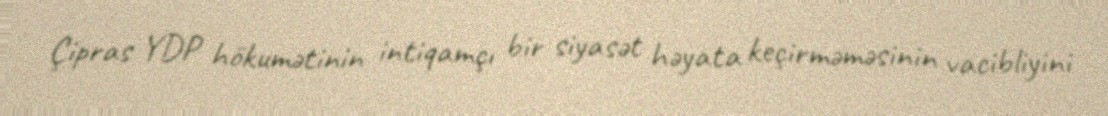
Çipras YDP hökumətinin intiqamçı bir siyasət həyata keçirməməsinin vacibliyini